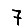
Digit: 7